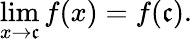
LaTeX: \operatorname*{lim}_{x\to\mathfrak{c}}f(x)=f(\mathfrak{c}).